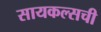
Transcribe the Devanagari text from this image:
सायकल्सची